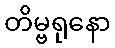
တိမ္ဗရုနော